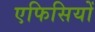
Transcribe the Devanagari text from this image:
एफिसियों